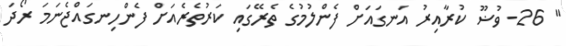
'' 26- ވުޟޫ ކުރާއިރު އަނގައަށް ފެންލުމުގެ ތެރޭގައި ކަރުތެރެއަށް ފެންހިނގައްޖެނަމަ ރޯދަ